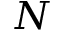
N